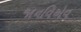
જાનવિએવ